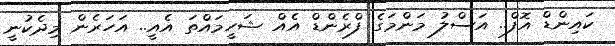
ކައިންޑް އޮފް.. އަސްލު މަންމަގެ ފްރެންޑް އެއް ޝަހީމައްތަ އެއީ.. އަހަރެން މިދެކުނީ